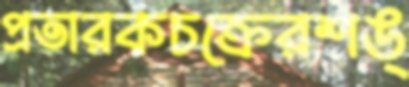
প্রতারকচক্রেরশঙ্